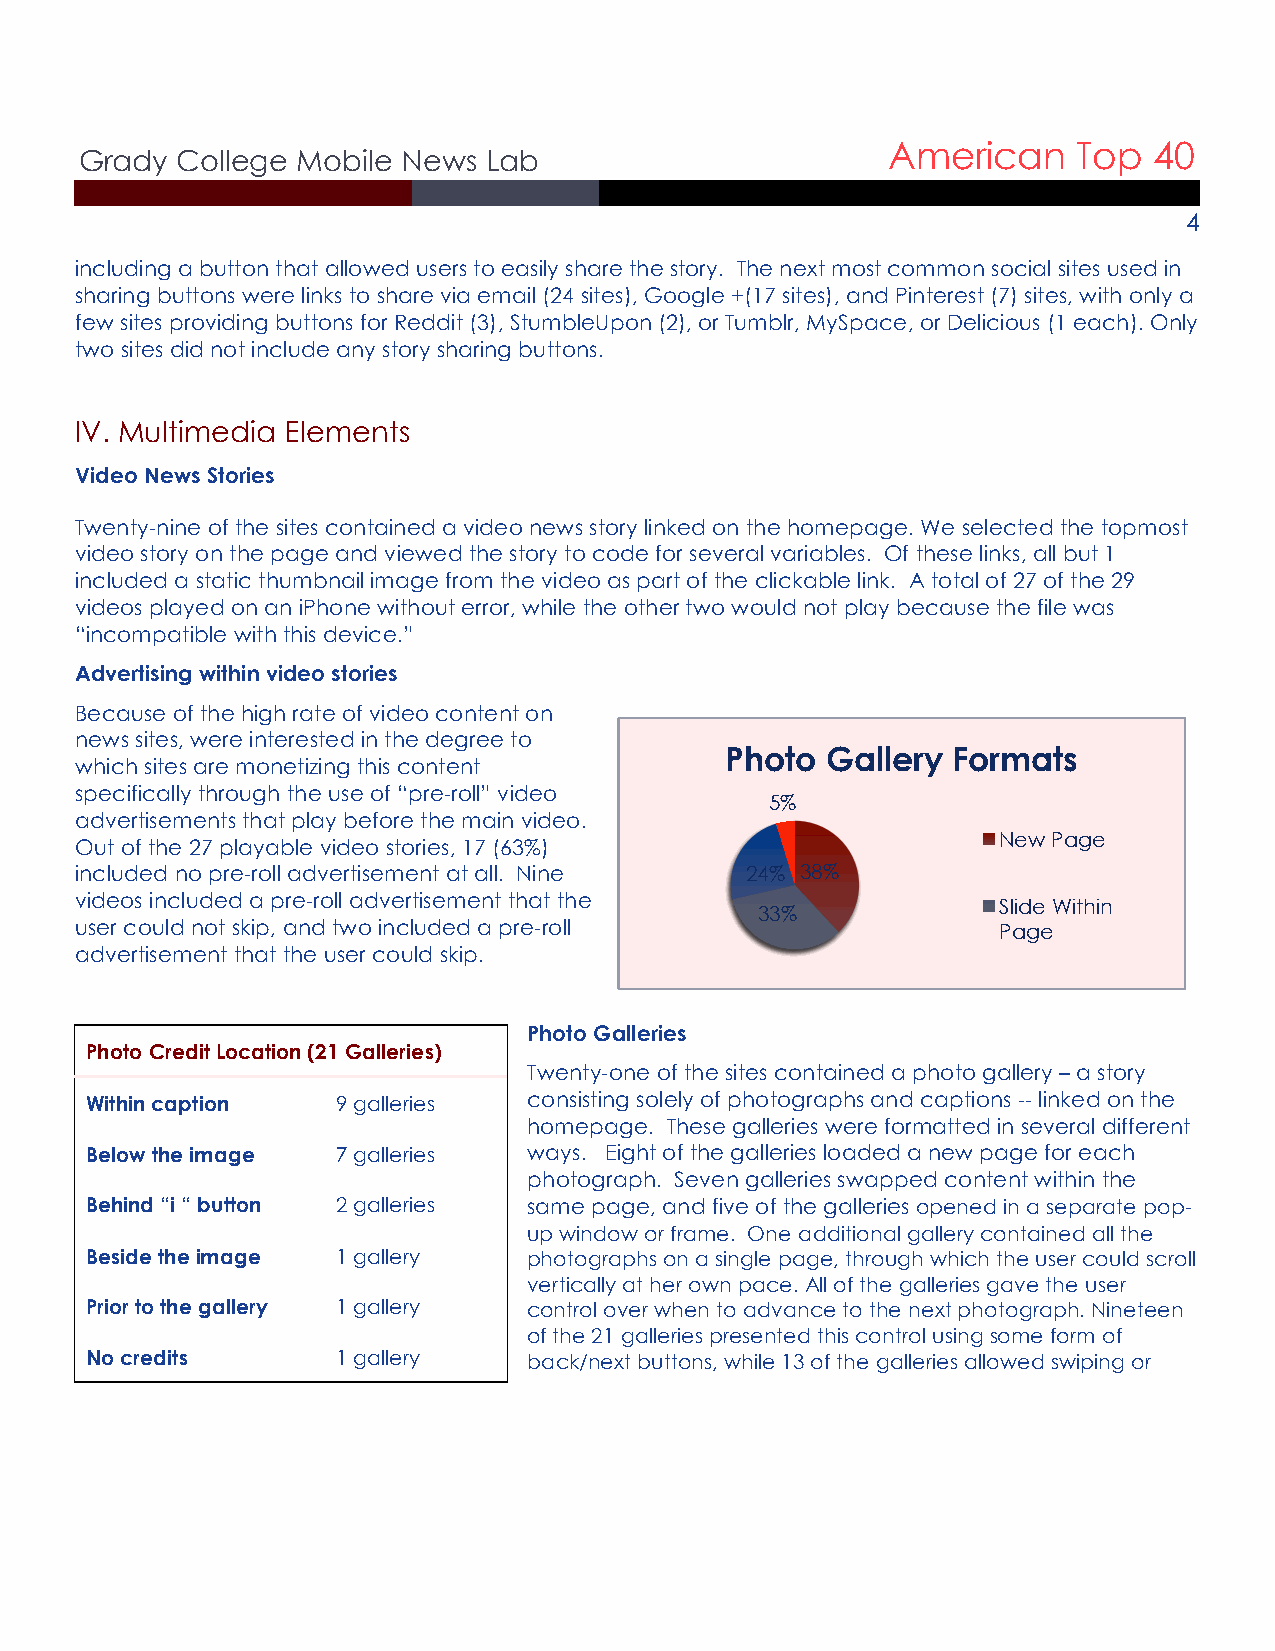
American    Top  40
 Grady  College Mobile News Lab
 4
 including a button that allowed users to easily share the story. The next most common social sites used in
 sharing buttons were links to share via email (24 sites), Google +(17 sites), and Pinterest (7) sites, with only a
 few sites providing buttons for Reddit (3), StumbleUpon (2), or Tumblr, MySpace, or Delicious (1 each). Only
 two sites did not include any story sharing buttons.
 IV. Multimedia Elements
 Video News Stories
 Twenty-nine of the sites contained a video news story linked on the homepage. We selected the topmost
 video story on the page and viewed the story to code for several variables. Of these links, all but 1
 included a static thumbnail image from the video as part of the clickable link. A total of 27 of the 29
 videos played on an iPhone without error, while the other two would not play because the file was
 “incompatible with this device.”
 Advertising within video stories
 Because of the high rate of video content on
 news sites, were interested in the degree to
 Photo  Gallery Formats
 which sites are monetizing this content
 specifically through the use of “pre-roll” video
 5%
 advertisements that play before the main video.
 New Page
 Out of the 27 playable video stories, 17 (63%)
 included no pre-roll advertisement at all. Nine 24% 38%
 videos included a pre-roll advertisement that the
 Slide Within
 33%
 user could not skip, and two included a pre-roll             Page
 advertisement that the user could skip.
 Photo Galleries
 Photo Credit Location (21 Galleries)
 Twenty-one of the sites contained a photo gallery – a story
 Within caption  9 galleries  consisting solely of photographs and captions -- linked on the
 homepage. These galleries were formatted in several different
 Below the image 7 galleries  ways. Eight of the galleries loaded a new page for each
 photograph. Seven galleries swapped content within the
 Behind “i “ button 2 galleries same page, and five of the galleries opened in a separate pop-
 up window or frame. One additional gallery contained all the
 Beside the image 1 gallery   photographs on a single page, through which the user could scroll
 vertically at her own pace. All of the galleries gave the user
 Prior to the gallery 1 gallery control over when to advance to the next photograph. Nineteen
 of the 21 galleries presented this control using some form of
 No credits      1 gallery    back/next buttons, while 13 of the galleries allowed swiping or